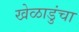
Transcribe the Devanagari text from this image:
खेळाडुंचा